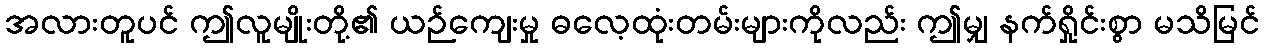
အလားတူပင် ဤလူမျိုးတို့၏ ယဉ်ကျေးမှု ဓလေ့ထုံးတမ်းများကိုလည်း ဤမျှ နက်ရှိုင်းစွာ မသိမြင်